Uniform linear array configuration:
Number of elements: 4
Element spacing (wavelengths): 1
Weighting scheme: exponential
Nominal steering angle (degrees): -60
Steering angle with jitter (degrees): -59.324
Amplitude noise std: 0.05
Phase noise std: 0.05

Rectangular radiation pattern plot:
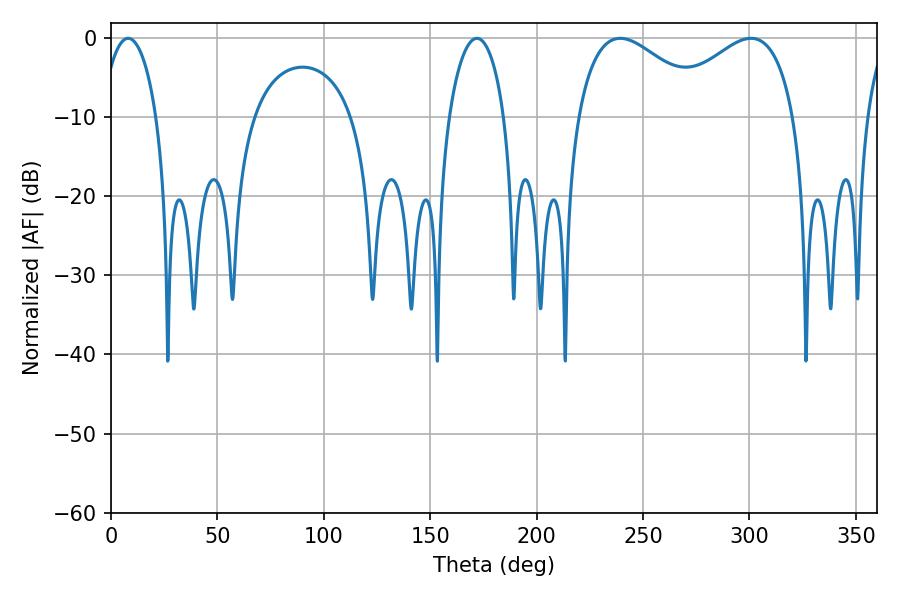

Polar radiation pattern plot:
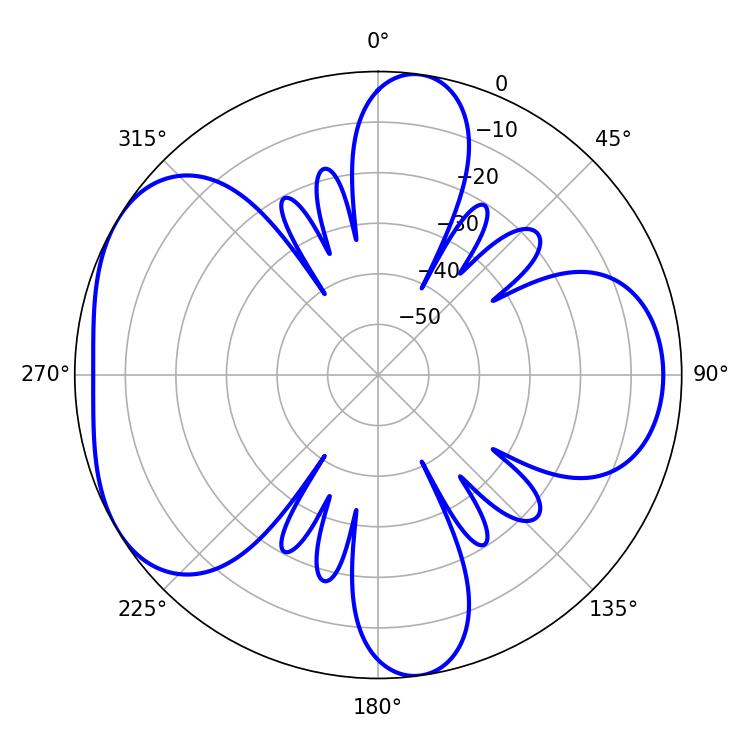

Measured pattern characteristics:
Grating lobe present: TRUE
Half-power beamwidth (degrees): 34.02
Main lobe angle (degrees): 239.22